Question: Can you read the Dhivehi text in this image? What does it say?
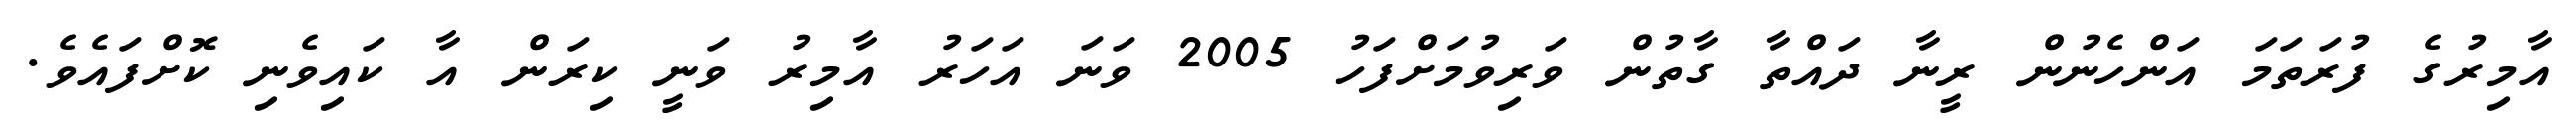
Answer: އާމިރުގެ ފުރަތަމަ އަންހެނުން ރީނާ ދައްތާ ގާތުން ވަރިވުމަށްފަހު 2005 ވަނަ އަހަރު އާމިރު ވަނީ ކިރަން އާ ކައިވެނި ކޮށްފައެވެ.